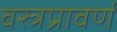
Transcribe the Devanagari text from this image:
वस्त्रप्रावर्ण